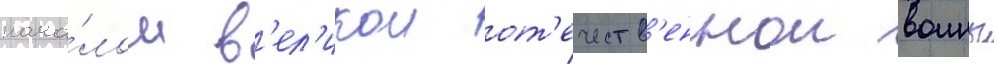
нача́лом в'ел'икои от'ечеств'еннои воины